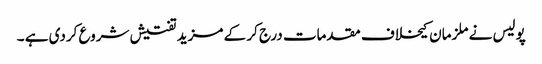
پولیس نے ملزمان کیخلاف مقدمات درج کر کے مزید تفتیش شروع کردی ہے ۔